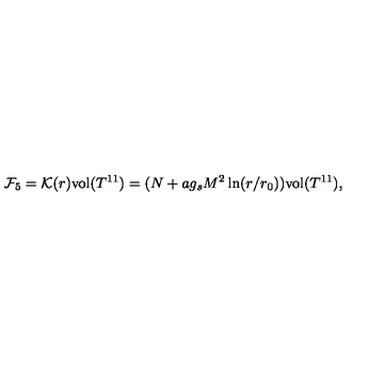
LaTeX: { \cal F } _ { 5 } = { \cal K } ( r ) \mathrm { v o l } ( T ^ { 1 1 } ) = ( N + a g _ { s } M ^ { 2 } \ln ( r / r _ { 0 } ) ) \mathrm { v o l } ( T ^ { 1 1 } ) ,